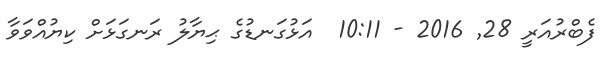
ފެބްރުއަރީ 28